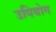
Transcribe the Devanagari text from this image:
उपियोग